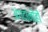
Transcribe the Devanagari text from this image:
अंगदांनीही